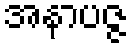
အနာပဇ္ဇ